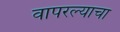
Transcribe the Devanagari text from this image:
वापरल्याचा